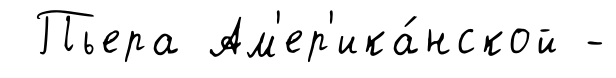
Пьера Ам'ер'ика́нской -